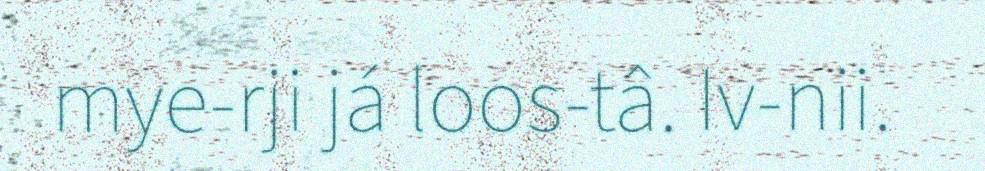
mye-rji já loos-tâ. Iv-nii.